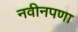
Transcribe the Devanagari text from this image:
नवीनपणा